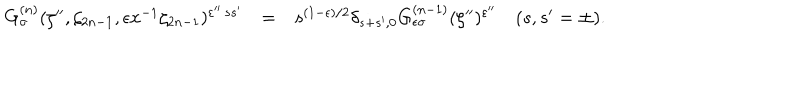
\begin{array} { r c l } { { G _ { \sigma } ^ { ( n ) } ( \zeta ^ { \prime \prime } , \zeta _ { 2 n - 1 } , \epsilon x ^ { - 1 } \zeta _ { 2 n - 1 } ) ^ { \varepsilon ^ { \prime \prime } \, s s ^ { \prime } } } } & { { = } } & { { s ^ { ( 1 - \epsilon ) / 2 } \delta _ { s + s ^ { \prime } , 0 } G _ { \epsilon \sigma } ^ { ( n - 1 ) } ( \zeta ^ { \prime \prime } ) ^ { \varepsilon ^ { \prime \prime } } ~ ( s , s ^ { \prime } = \pm ) . } } \\ \end{array}